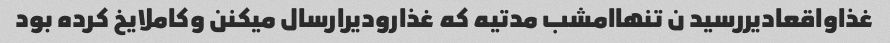
غذاواقعادیررسید ن تنهاامشب مدتیه که غذارودیرارسال میکنن وکاملایخ کرده بود